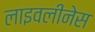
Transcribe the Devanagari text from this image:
लाइवलीनेस